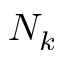
N _ { k }